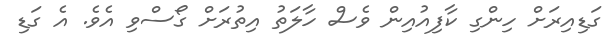
ގަޑިއިރަށް ހިންގި ކާފިއުއިން ވެސް ހާލަތު އިތުރަށް ގޯސްވި އެވެ. އެ ގަޑި